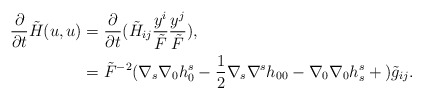
\begin{align*}\frac{\partial}{\partial t}\tilde{H}(u,u)&=\frac{\partial}{\partial t}(\tilde{H}_{ij}\frac{y^i}{\tilde{F}}\frac{y^j}{\tilde{F}}),\\&=\tilde{F}^{-2}(\nabla_s\nabla_0h_0^s-\frac{1}{2}\nabla_s\nabla^sh_{00}-\nabla_0\nabla_0h^s_s+{})\tilde{g}_{ij}.\end{align*}